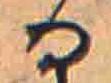
る